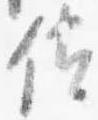
佐